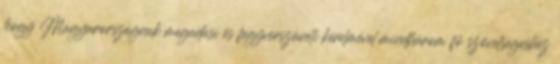
hogy Magyarországnak megadási és fegyverszüneti kérelmével mindhárom fõ szövetségeshez